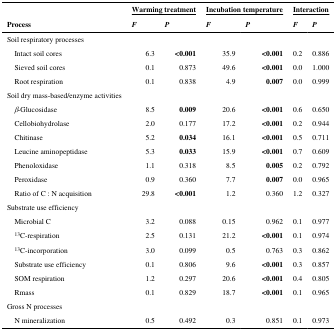
<table><thead><tr><td></td><td colspan="2"><b>Warming treatment</b></td><td colspan="2"><b>Incubation temperature</b></td><td colspan="2"><b>Interaction</b></td></tr><tr><td><b>Process</b></td><td><b><i>F</i></b></td><td><b><i>P</i></b></td><td><b><i>F</i></b></td><td><b><i>P</i></b></td><td><b><i>F</i></b></td><td><b><i>P</i></b></td></tr></thead><tbody><tr><td>Soil respiratory processes</td><td></td><td></td><td></td><td></td><td></td><td></td></tr><tr><td> Intact soil cores</td><td>6.3</td><td><b>&lt;0.001</b></td><td>35.9</td><td><b>&lt;0.001</b></td><td>0.2</td><td>0.886</td></tr><tr><td> Sieved soil cores</td><td>0.1</td><td>0.873</td><td>49.6</td><td><b>&lt;0.001</b></td><td>0.0</td><td>1.000</td></tr><tr><td> Root respiration</td><td>0.1</td><td>0.838</td><td>4.9</td><td><b>0.007</b></td><td>0.0</td><td>0.999</td></tr><tr><td>Soil dry mass-based/enzyme activities</td><td></td><td></td><td></td><td></td><td></td><td></td></tr><tr><td> <i>β</i>-Glucosidase</td><td>8.5</td><td><b>0.009</b></td><td>20.6</td><td><b>&lt;0.001</b></td><td>0.6</td><td>0.650</td></tr><tr><td> Cellobiohydrolase</td><td>2.0</td><td>0.177</td><td>17.2</td><td><b>&lt;0.001</b></td><td>0.2</td><td>0.944</td></tr><tr><td> Chitinase</td><td>5.2</td><td><b>0.034</b></td><td>16.1</td><td><b>&lt;0.001</b></td><td>0.5</td><td>0.711</td></tr><tr><td> Leucine aminopeptidase</td><td>5.3</td><td><b>0.033</b></td><td>15.9</td><td><b>&lt;0.001</b></td><td>0.7</td><td>0.609</td></tr><tr><td> Phenoloxidase</td><td>1.1</td><td>0.318</td><td>8.5</td><td><b>0.005</b></td><td>0.2</td><td>0.792</td></tr><tr><td> Peroxidase</td><td>0.9</td><td>0.360</td><td>7.7</td><td><b>0.007</b></td><td>0.0</td><td>0.965</td></tr><tr><td> Ratio of C : N acquisition</td><td>29.8</td><td><b>&lt;0.001</b></td><td>1.2</td><td>0.360</td><td>1.2</td><td>0.327</td></tr><tr><td>Substrate use efficiency</td><td></td><td></td><td></td><td></td><td></td><td></td></tr><tr><td> Microbial C</td><td>3.2</td><td>0.088</td><td>0.15</td><td>0.962</td><td>0.1</td><td>0.977</td></tr><tr><td> <sup>13</sup>C-respiration</td><td>2.5</td><td>0.131</td><td>21.2</td><td><b>&lt;0.001</b></td><td>0.1</td><td>0.974</td></tr><tr><td> <sup>13</sup>C-incorporation</td><td>3.0</td><td>0.099</td><td>0.5</td><td>0.763</td><td>0.3</td><td>0.862</td></tr><tr><td> Substrate use efficiency</td><td>0.1</td><td>0.806</td><td>9.6</td><td><b>&lt;0.001</b></td><td>0.3</td><td>0.857</td></tr><tr><td> SOM respiration</td><td>1.2</td><td>0.297</td><td>20.6</td><td><b>&lt;0.001</b></td><td>0.4</td><td>0.805</td></tr><tr><td> Rmass</td><td>0.1</td><td>0.829</td><td>18.7</td><td><b>&lt;0.001</b></td><td>0.1</td><td>0.965</td></tr><tr><td>Gross N processes</td><td></td><td></td><td></td><td></td><td></td><td></td></tr><tr><td> N mineralization</td><td>0.5</td><td>0.492</td><td>0.3</td><td>0.851</td><td>0.1</td><td>0.973</td></tr></tbody></table>